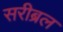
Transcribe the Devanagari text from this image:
सरीब्रल